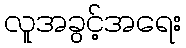
လူအခွင့်အရေး